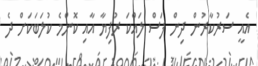
އެއީ ސަރުކާރުން ދިން ފަސް ލައްކަ ރުފިޔާ އާއި ކޮންމެ ކުލަބަކަށް ދެ